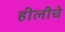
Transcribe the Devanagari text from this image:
हीलीचे